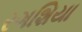
રગશિયા